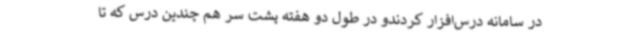
در سامانه درس‌افزار کردندو در طول دو هفته پشت سر هم چندین درس که تا